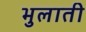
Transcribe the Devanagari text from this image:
भुलाती